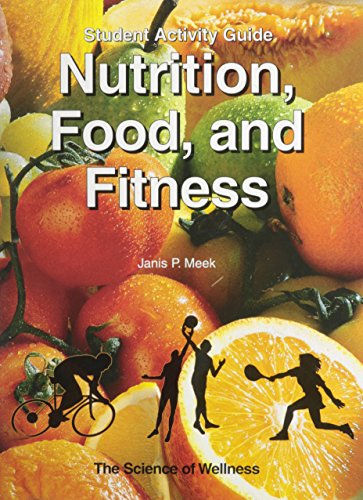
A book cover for Nutrition, Food, and Fitness: Student Activity Guide; Dorothy F. West; Teen & Young Adult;